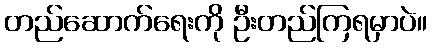
တည်ဆောက်ရေးကို ဦးတည်ကြရမှာပဲ။